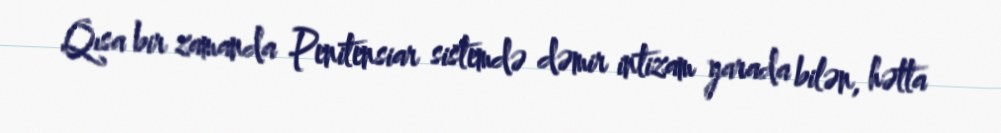
Qısa bir zamanda Penitensiar sistemdə dəmir intizam yarada bilən, hətta